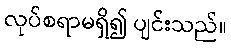
လုပ်စရာမရှိ၍ ပျင်းသည်။